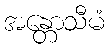
အန္တောသီမံ